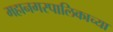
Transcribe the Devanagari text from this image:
महानगरपालिकाच्या